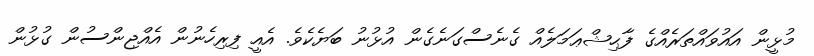
މުޅީން އައުވައްތަރެއްގެ ފާޙިޝްޢަމަލެއް ގެނެސްގަނެގެން އުޅުނު ބަޔެކެވެ. އެއީ ފިރިހެނުން އެއްޖިންސުން ގުޅުން